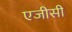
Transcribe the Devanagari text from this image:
एजीसी